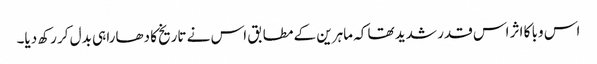
اس وبا کا اثر اس قدر شدید تھا کہ ماہرین کے مطابق اس نے تاریخ کا دھارا ہی بدل کر رکھ دیا۔